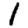
Digit: 1